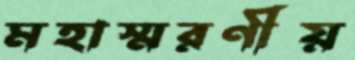
মহাস্মরণীয়